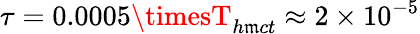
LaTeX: \tau=0.0005\timesT_{h\mathfrak{m}ct}\approx2\times10^{-5}